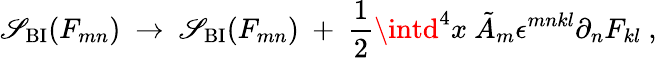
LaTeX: \mathscr{S}_{\mathrm{{BI}}}(F_{mn})\ \rightarrow\ \mathscr{S}_{\mathrm{{BI}}}(F_{mn})\ +\ {\frac{{1}}{{2}}}\intd^{4}x\ \tilde{{A}}_{m}\epsilon^{mnkl}\partial_{n}F_{kl}\ ,